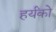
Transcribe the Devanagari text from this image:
हर्यंको